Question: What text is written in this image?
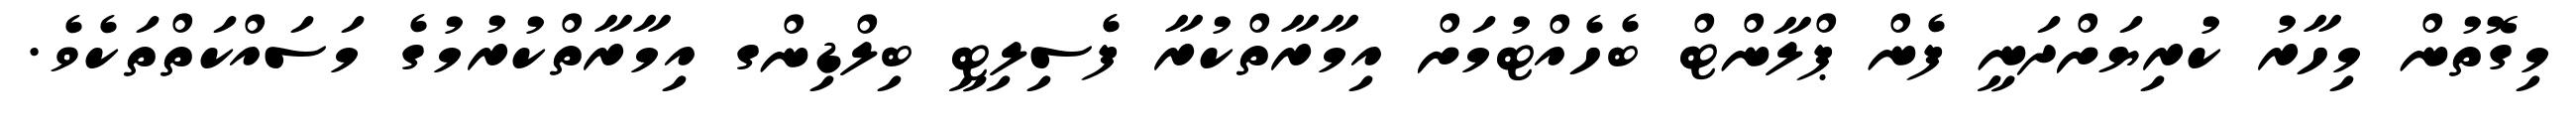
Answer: މިގޮތުން މިހާރު ކުރިޔަށްދަނީ ފެން ޕްލާންޓް ބެހެއްޓުމަށް އިމާރާތްކުރާ ފެސިލިޓީ ބިލްޑިންގ އިމާރާތްކުރުމުގެ މަސައްކަތްތަކެވެ.